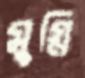
মুগ্নি